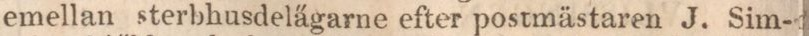
emellan sterbhusdelägarne efter postmästaren J. Sim-